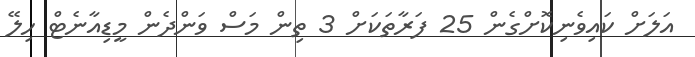
އަލަށް ކައިވެނިކޮށްގެން 25 ފަރާތަކަށް 3 ތިން މަސް ވަންދެން މީޑިއާނެޓް ހިލޭ